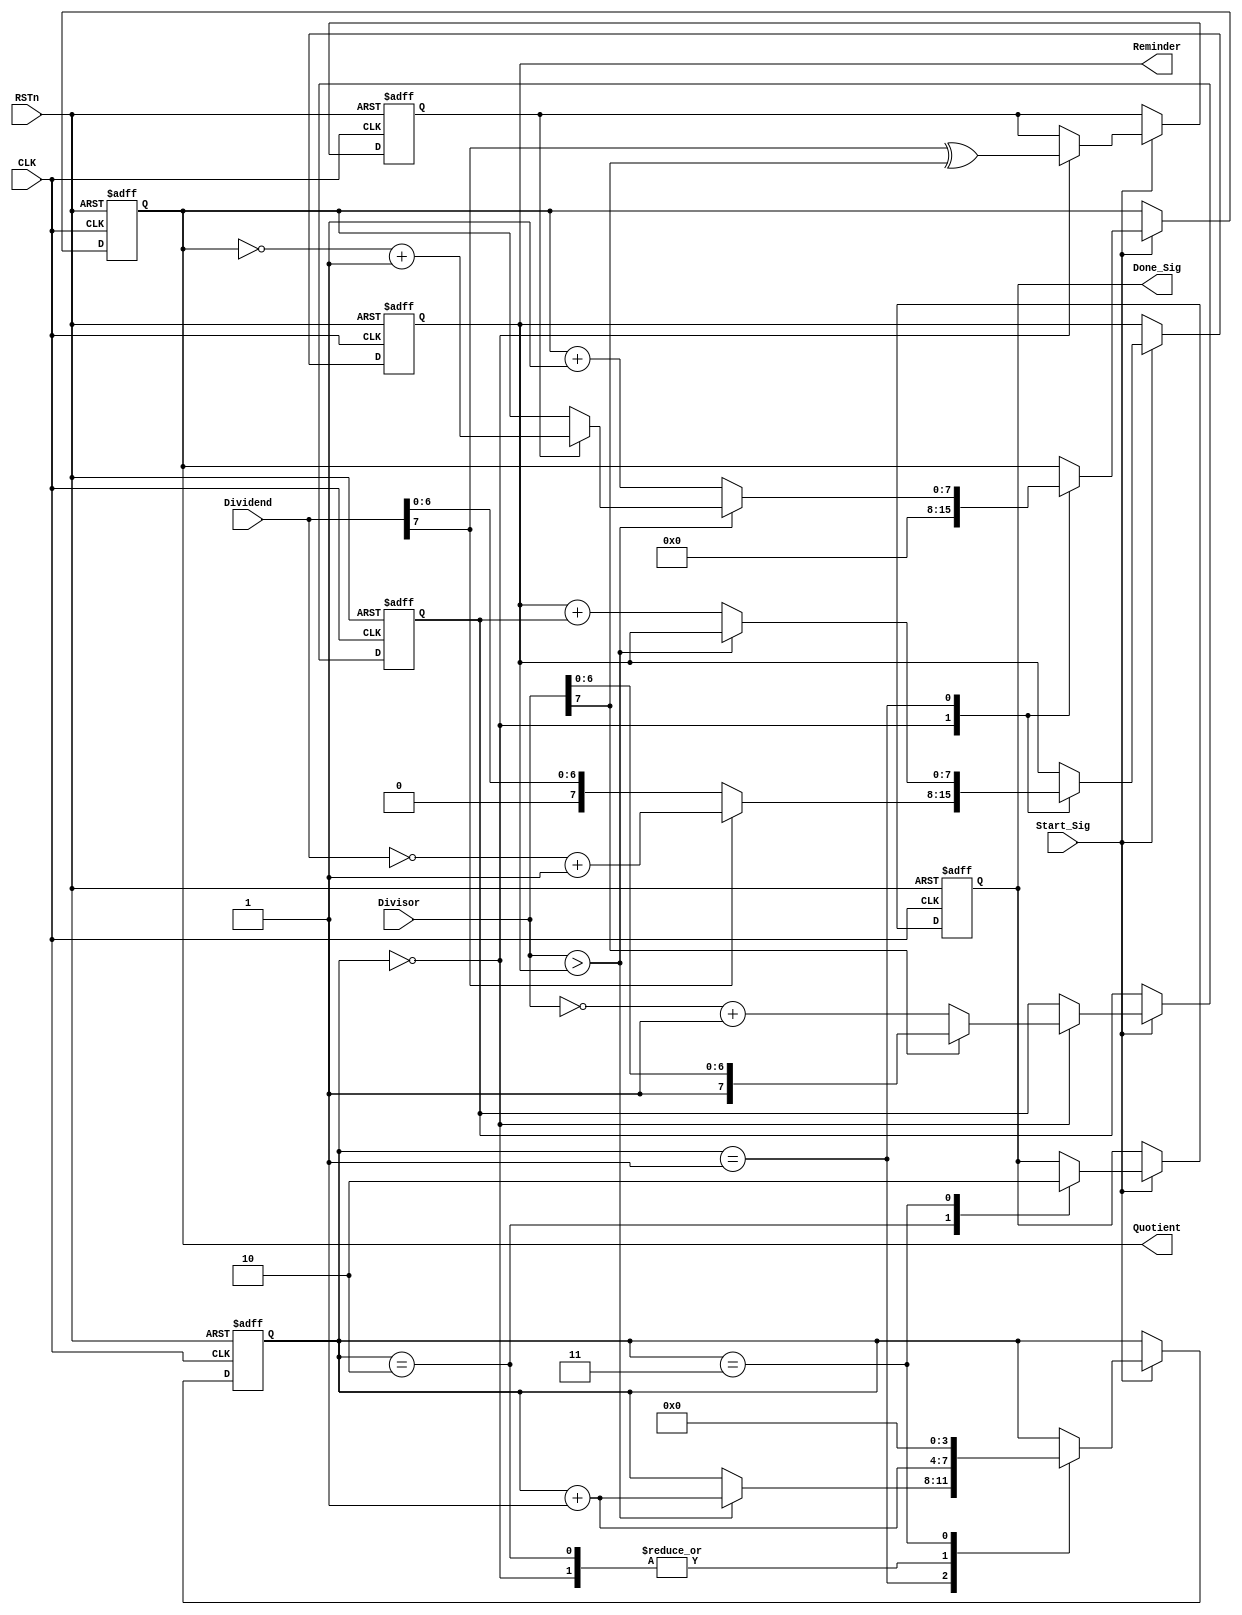
////////////////////
//Verilog 
///////////////////

module divider_module_3(
    input CLK,
    input RSTn,
    
    input Start_Sig,
    input [7:0]Dividend,
    input [7:0]Divisor,
    
    output Done_Sig,
    output [7:0]Quotient,
    output [7:0]Reminder
    );

    /*****************************/

    reg [3:0]i;
    reg [7:0]Dend;
    reg [7:0]Dsor;
    reg [7:0]Q;
    reg [7:0]R;
    reg isNeg;
    reg isDone;

    always @(posedge CLK or negedge RSTn)
        if(!RSTn)
            begin
                i <= 4'd0;
                Dend <= 8'd0;
                Dsor <= 8'd0;
                Q <= 8'd0;
                isNeg <= 1'b0;
                isDone <= 1'b0;
            end
        else if(Start_Sig)
            case(i)
            
            0:
            begin
                Dend <= Dividend[7] ? ~Dividend+1'b1 : Dividend; //
                Dsor <= Divisor[7] ? Divisor :(~Divisor+1'b1);   //
                isNeg <= Dividend[7]^Divisor[7];
                Q <= 8'd0;
                i <= i + 1'b1;
            end
            
            1: //
            if(Divisor > Dend) begin
                Q <= isNeg ? (~Q+1'b1) : Q;
                i <= i + 1'b1;
            end
            else begin
                Dend <= Dend + Dsor; //Dividend - Divisor = Dividend + (Divisor)
                Q <= Q + 1'b1; //1 1
            end
            
            2:
            begin isDone<=1'b1;i<=i+1'b1; end
            
            3:
            begin isDone<=1'b0;i<=4'd0;end
            
            endcase

    /********************/

    assign Done_Sig = isDone;
    assign Quotient = Q;
    assign Reminder = Dend; //??

endmodule